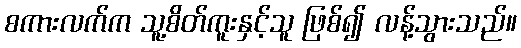
စကားလက်က သူ့စိတ်ကူးနှင့်သူ ဖြစ်၍ လန့်သွားသည်။